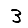
Digit: 3